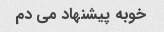
خوبه پیشنهاد می دم